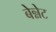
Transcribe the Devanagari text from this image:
बेन्नेट